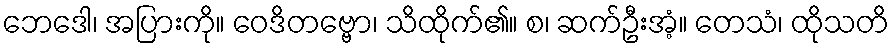
ဘေဒေါ၊ အပြားကို။ ဝေဒိတဗ္ဗော၊ သိထိုက်၏။ စ၊ ဆက်ဦးအံ့။ တေသံ၊ ထိုသတိ